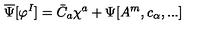
\overline { \Psi } [ \varphi ^ { I } ] = \bar { C } _ { a } \chi ^ { a } + \Psi [ A ^ { m } , c _ { \alpha } , . . . ]